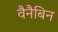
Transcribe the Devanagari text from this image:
वैनैबिन